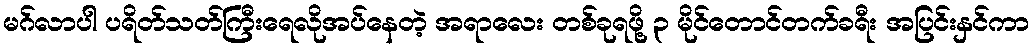
မဂ်လာပါ ပရိတ်သတ်ကြီးရေလိုအပ်နေတဲ့ အရာလေး တစ်ခုရဖို့ ၃ မိုင်တောင်တက်ခရီး အပြင်းနှင်ကာ